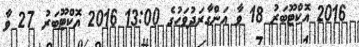
2016 އޮކްޓޫބަރު 18 ވާ އަންގާރަދުވަހުގެ 13:00 2016 އޮކްޓޫބަރު 27 ވާ